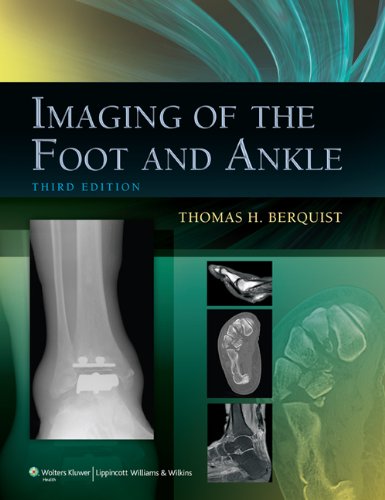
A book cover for Imaging of the Foot and Ankle; Thomas H. Berquist MD  FACR; Medical Books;